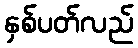
နှစ်ပတ်လည်